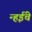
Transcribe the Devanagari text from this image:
न्हईंचे